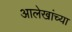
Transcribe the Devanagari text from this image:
आलेखांच्या